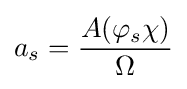
a_{s}={A(\varphi _{s}\chi ) \over \Omega }